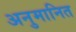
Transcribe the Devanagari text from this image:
अनुमानित